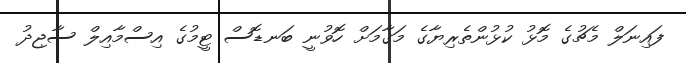
ފައިނަލް މެޗުގެ މޮޅު ކުޅުންތެރިޔާގެ މަގާމަށް ހޮވުނީ ބަނޑޮސް ޓީމުގެ އިސްމާއިލް ސާޖިދު